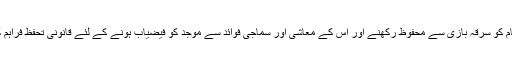
Patents عموماً کسی منفرد کام کو سرقہ بازی سے محفوظ رکھنے اور اس کے معاشی اور سماجی فوائد سے موجد کو فیضیاب ہونے کے لئے قانونی تحفظ فراہم کرتا ہے۔